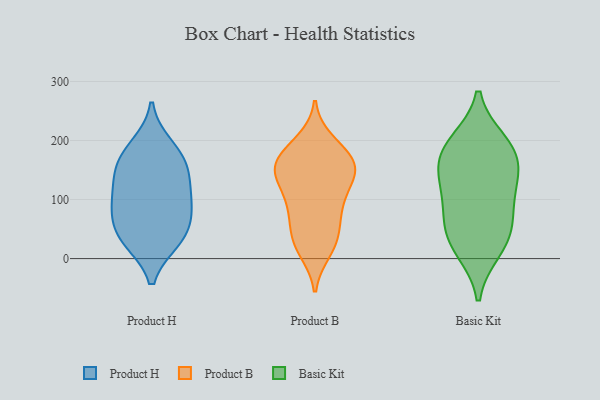
{"axis": {"x": "Churn Rate (%)", "y": "Value"}, "legend": ["Basic Kit", "Product B", "Product H"], "data": [{"x": "", "y": 176, "type": "Product H"}, {"x": "", "y": 107, "type": "Product H"}, {"x": "", "y": 155, "type": "Product H"}, {"x": "", "y": 127, "type": "Product H"}, {"x": "", "y": 72, "type": "Product H"}, {"x": "", "y": 95, "type": "Product H"}, {"x": "", "y": 38, "type": "Product H"}, {"x": "", "y": 30, "type": "Product H"}, {"x": "", "y": 30, "type": "Product H"}, {"x": "", "y": 75, "type": "Product H"}, {"x": "", "y": 153, "type": "Product H"}, {"x": "", "y": 191, "type": "Product H"}, {"x": "", "y": 134, "type": "Product B"}, {"x": "", "y": 136, "type": "Product B"}, {"x": "", "y": 33, "type": "Product B"}, {"x": "", "y": 162, "type": "Product B"}, {"x": "", "y": 157, "type": "Product B"}, {"x": "", "y": 150, "type": "Product B"}, {"x": "", "y": 19, "type": "Product B"}, {"x": "", "y": 102, "type": "Product B"}, {"x": "", "y": 32, "type": "Product B"}, {"x": "", "y": 68, "type": "Product B"}, {"x": "", "y": 152, "type": "Product B"}, {"x": "", "y": 94, "type": "Product B"}, {"x": "", "y": 13, "type": "Product B"}, {"x": "", "y": 140, "type": "Product B"}, {"x": "", "y": 189, "type": "Product B"}, {"x": "", "y": 177, "type": "Product B"}, {"x": "", "y": 91, "type": "Product B"}, {"x": "", "y": 62, "type": "Product B"}, {"x": "", "y": 198, "type": "Product B"}, {"x": "", "y": 167, "type": "Product B"}, {"x": "", "y": 182, "type": "Basic Kit"}, {"x": "", "y": 33, "type": "Basic Kit"}, {"x": "", "y": 114, "type": "Basic Kit"}, {"x": "", "y": 76, "type": "Basic Kit"}, {"x": "", "y": 195, "type": "Basic Kit"}, {"x": "", "y": 180, "type": "Basic Kit"}, {"x": "", "y": 49, "type": "Basic Kit"}, {"x": "", "y": 17, "type": "Basic Kit"}, {"x": "", "y": 125, "type": "Basic Kit"}, {"x": "", "y": 154, "type": "Basic Kit"}]}